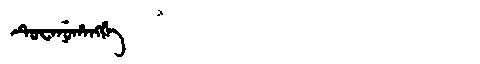
Manchu: ᡨᡠᠸᠠᠨᡠᡥᠠᠩᡤᡝ
Romanization: TUWANUHANGGE